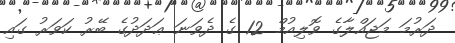
ދަރުމަ މަޖައްލާގެ ވޮލިއުމް 12 ގެ ދެވަނަ ޢަދަދުގެ ބޭރު ކަވަރު ގައި